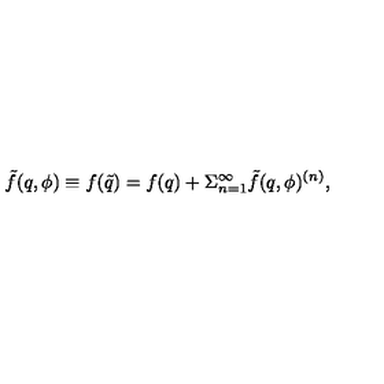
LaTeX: \tilde { f } ( q , \phi ) \equiv f ( \tilde { q } ) = f ( q ) + \Sigma _ { n = 1 } ^ { \infty } \tilde { f } ( q , \phi ) ^ { ( n ) } ,